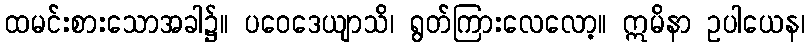
ထမင်းစားသောအခါ၌။ ပဝေဒေယျာသိ၊ ရွတ်ကြားလေလော့။ ဣမိနာ ဥပါယေန၊